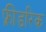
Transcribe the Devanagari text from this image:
फ़्रीडरिक